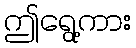
ဤရွေ့ကား